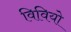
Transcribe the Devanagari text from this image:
विवियो